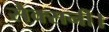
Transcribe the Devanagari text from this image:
सैक्सनी।